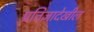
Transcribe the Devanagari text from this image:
प्रतिज्ञादेखील